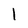
Character: l